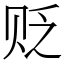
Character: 贬